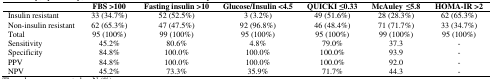
<table><thead><tr><td></td><td><b>FBS &gt;100</b></td><td><b>Fasting insulin &gt;10</b></td><td><b>Glucose/Insulin &lt;4.5</b></td><td><b>QUICKI ≤0.33</b></td><td><b>McAuley≤5.8</b></td><td><b>HOMA-IR &gt;2</b></td></tr></thead><tbody><tr><td>Insulin resistant</td><td>33 (34.7%)</td><td>52 (52.5%)</td><td>3 (3.2%)</td><td>49 (51.6%)</td><td>28 (28.3%)</td><td>62 (65.3%)</td></tr><tr><td>Non-insulin resistant</td><td>62 (65.3%)</td><td>47 (47.5%)</td><td>92 (96.8%)</td><td>46 (48.4%)</td><td>71 (71.7%)</td><td>33 (34.7%)</td></tr><tr><td>Total</td><td>95 (100%)</td><td>99 (100%)</td><td>95 (100%)</td><td>95 (100%)</td><td>99 (100%)</td><td>95 (100%)</td></tr><tr><td>Sensitivity</td><td>45.2%</td><td>80.6%</td><td>4.8%</td><td>79.0%</td><td>37.3</td><td>-</td></tr><tr><td>Specificity</td><td>84.8%</td><td>100.0%</td><td>100.0%</td><td>100.0%</td><td>93.9</td><td>-</td></tr><tr><td>PPV</td><td>84.8%</td><td>100.0%</td><td>100.0%</td><td>100.0%</td><td>92.0</td><td>-</td></tr><tr><td>NPV</td><td>45.2%</td><td>73.3%</td><td>35.9%</td><td>71.7%</td><td>44.3</td><td>-</td></tr></tbody></table>